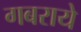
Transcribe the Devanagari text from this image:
गबराये